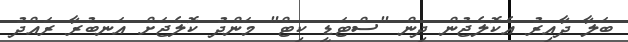
ބަލާ ދާއިރު އެކޮލެޖުން ދިން "ސްޓަޑީ ކިޓް" މަންދު ކޮލެޖަށް އަނބުރާ ރައްދު